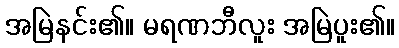
အမြဲနင်း၏။ မရဏဘီလူး အမြဲပူး၏။